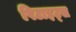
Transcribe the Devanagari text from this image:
पिटाइट्स